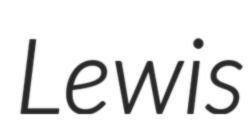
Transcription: Lewis